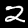
Digit: 2